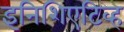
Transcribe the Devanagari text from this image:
इनिशिएटिव्ह